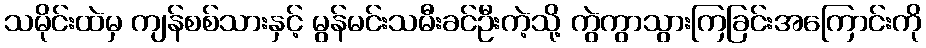
သမိုင်းထဲမှ ကျန်စစ်သားနှင့် မွန်မင်းသမီးခင်ဦးကဲ့သို့ ကွဲကွာသွားကြခြင်းအကြောင်းကို